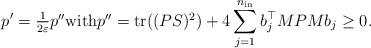
LaTeX: \begin{align*} p' = \textstyle{\frac{1}{2\varepsilon}} p'' \mbox{with} p'' = {\rm tr}((PS)^2) + 4 \displaystyle \sum_{j=1}^{n_{\rm in}} b_j^\top M P M b_j \ge 0 . \end{align*}